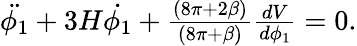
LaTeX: \begin{array}{r}{\ddot{\phi_{1}}+3H\dot{\phi_{1}}+\frac{(8\pi+2\beta)}{(8\pi+\beta)}\frac{dV}{d\phi_{1}}=0.}\end{array}